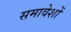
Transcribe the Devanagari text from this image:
समावेशों